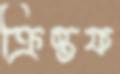
ক্রিস্তফ